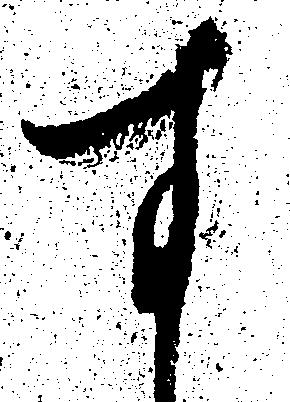
す